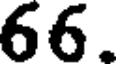
66.